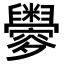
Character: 𦦼